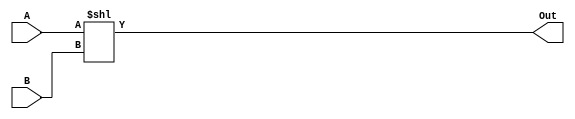
module SHIFTL(A, B, Out);
	input [15:0] A;
	input [15:0] B;
	
	output [15:0] Out;
	reg Out;
	
	always @(*) begin
		Out = A << B; // shift left
	end
endmodule